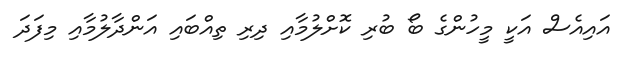
އައިއެސް އަކީ މީހުންގެ ބޯ ބުރި ކޮށްލުމާއި ދިރި ތިއްބައި އަންދާލުމާއި މިފަދަ